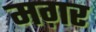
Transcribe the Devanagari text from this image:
मग़र